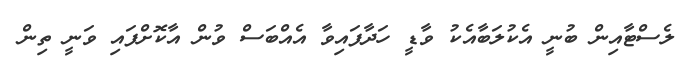
ލެސްޓާއިން ބުނީ އެކުލަބާއެކު ވާޑީ ހަދާފައިވާ އެއްބަސް ވުން އާކޮށްފައި ވަނީ ތިން